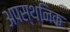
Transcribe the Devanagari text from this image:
अपस्थनिक